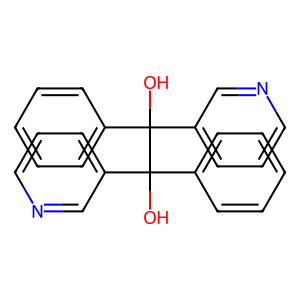
SMILES: OC(c1ccccc1)(c1cccnc1)C(O)(c1ccccc1)c1cccnc1
Inhibits HIV replication: No